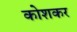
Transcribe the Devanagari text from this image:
कोशकर